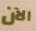
الآن